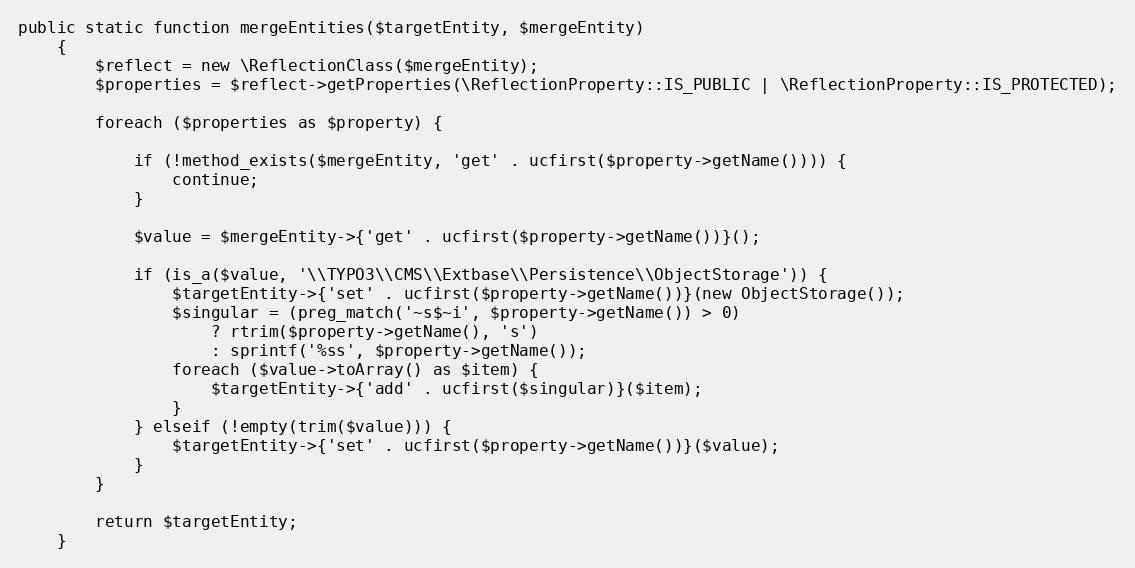
Language: PHP
public static function mergeEntities($targetEntity, $mergeEntity)
    {
        $reflect = new \ReflectionClass($mergeEntity);
        $properties = $reflect->getProperties(\ReflectionProperty::IS_PUBLIC | \ReflectionProperty::IS_PROTECTED);

        foreach ($properties as $property) {

            if (!method_exists($mergeEntity, 'get' . ucfirst($property->getName()))) {
                continue;
            }

            $value = $mergeEntity->{'get' . ucfirst($property->getName())}();

            if (is_a($value, '\\TYPO3\\CMS\\Extbase\\Persistence\\ObjectStorage')) {
                $targetEntity->{'set' . ucfirst($property->getName())}(new ObjectStorage());
                $singular = (preg_match('~s$~i', $property->getName()) > 0)
                    ? rtrim($property->getName(), 's')
                    : sprintf('%ss', $property->getName());
                foreach ($value->toArray() as $item) {
                    $targetEntity->{'add' . ucfirst($singular)}($item);
                }
            } elseif (!empty(trim($value))) {
                $targetEntity->{'set' . ucfirst($property->getName())}($value);
            }
        }

        return $targetEntity;
    }